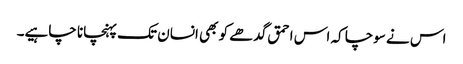
اس نے سوچا کہ اس احمق گدھے کو بھی انسان تک پہنچانا چاہیے۔